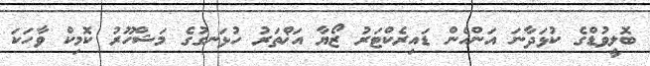
ބޮލީވުޑްގެ ކުޅަދާނަ އަންހެން ޑައިރެކްޓަރު ޒޯޔާ އަޚްތަރު ހުޅަނގުގެ މަޝްހޫރު ކޮމިކް ވާހަކަ